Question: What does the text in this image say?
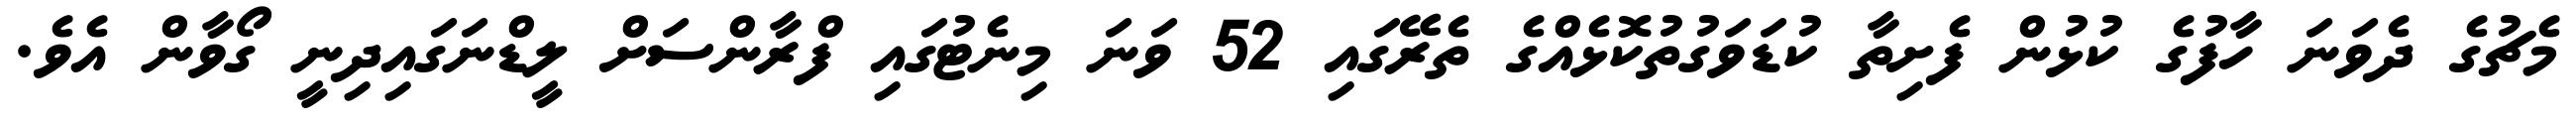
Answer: މެޗުގެ ދެވަނަ ހާފުގެ ކުޅުން ފެށިތާ ކުޑަވަގުތުކޮޅެއްގެ ތެރޭގައި 52 ވަނަ މިނެޓުގައި ފްރާންސަށް ލީޑްނަގައިދިނީ ގޯވާން އެވެ.